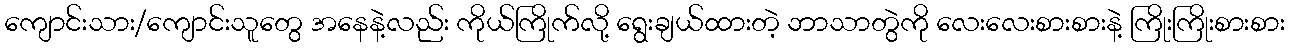
ကျောင်းသား/ကျောင်းသူတွေ အနေနဲ့လည်း ကိုယ်ကြိုက်လို့ ရွေးချယ်ထားတဲ့ ဘာသာတွဲကို လေးလေးစားစားနဲ့ ကြိုးကြိုးစားစား